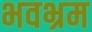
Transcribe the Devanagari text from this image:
भवभ्रम